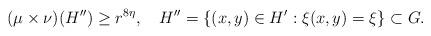
LaTeX: \begin{align*}(\mu\times\nu)(H'') \geq r^{8\eta},\quad H''=\{ (x,y)\in H' : \xi(x,y)=\xi\} \subset G.\end{align*}